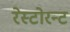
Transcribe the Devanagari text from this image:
रेस्टोरन्ट